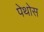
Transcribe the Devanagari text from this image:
पेथोस